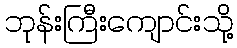
ဘုန်းကြီးကျောင်းသို့